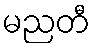
မညတီ